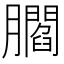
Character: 𦢨